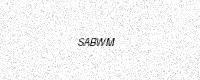
Text: SABWM